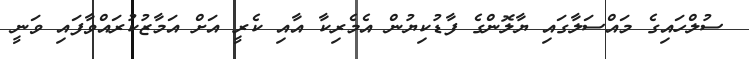
ސުލްހައިގެ މައްސަލާގައި ޔާލޮންގެ ފާޑުކިޔުން އެމެރިކާ އާއި ކެރީ އަށް އަމާޒުކުރައްވާފައި ވަނީ